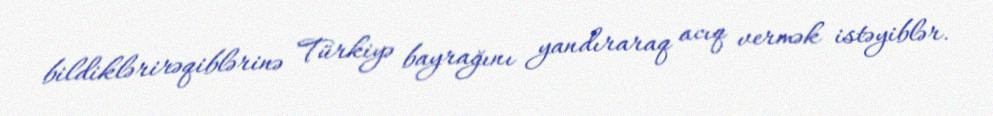
bildiklərirəqiblərinə Türkiyə bayrağını yandıraraq acıq vermək istəyiblər.